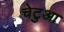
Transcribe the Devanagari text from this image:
चेटुआ